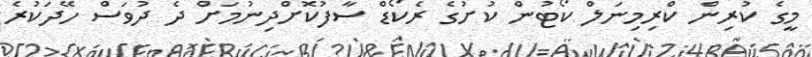
މީގެ ކުރިން ކްރިމިނަލް ކޯޓުން ކުށުގެ ރެކޯޑް ސާފުކޮށްދިނުމަށް ދެ ދުވަސް ހޭދަކުރެ